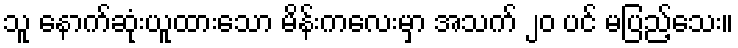
သူ နောက်ဆုံးယူထားသော မိန်းကလေးမှာ အသက် ၂၀ ပင် မပြည့်သေး။